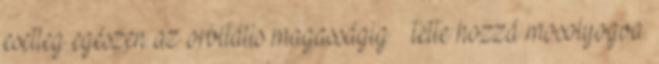
esetleg egészen az orbitális magasságig – tette hozzá mosolyogva.